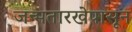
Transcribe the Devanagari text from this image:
जन्मतारखेपासून